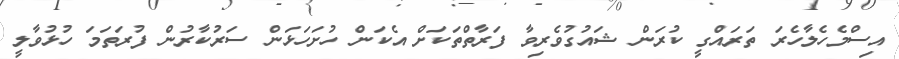
އިސްމެހެލާހެރަ ތަރައްގީ ކުރަން ޝައުގުވެރިވާ ފަރާތްތަކަށް އެކަން ހުށަހަޅަން ސަރުކާރުން ފުރަތަމަ ހުޅުވާލީ